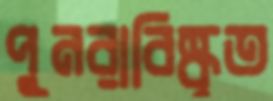
পুনরাবিষ্কৃত